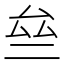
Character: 亝